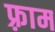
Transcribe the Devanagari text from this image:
फ़्राम